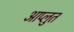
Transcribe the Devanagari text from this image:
आप्लुत